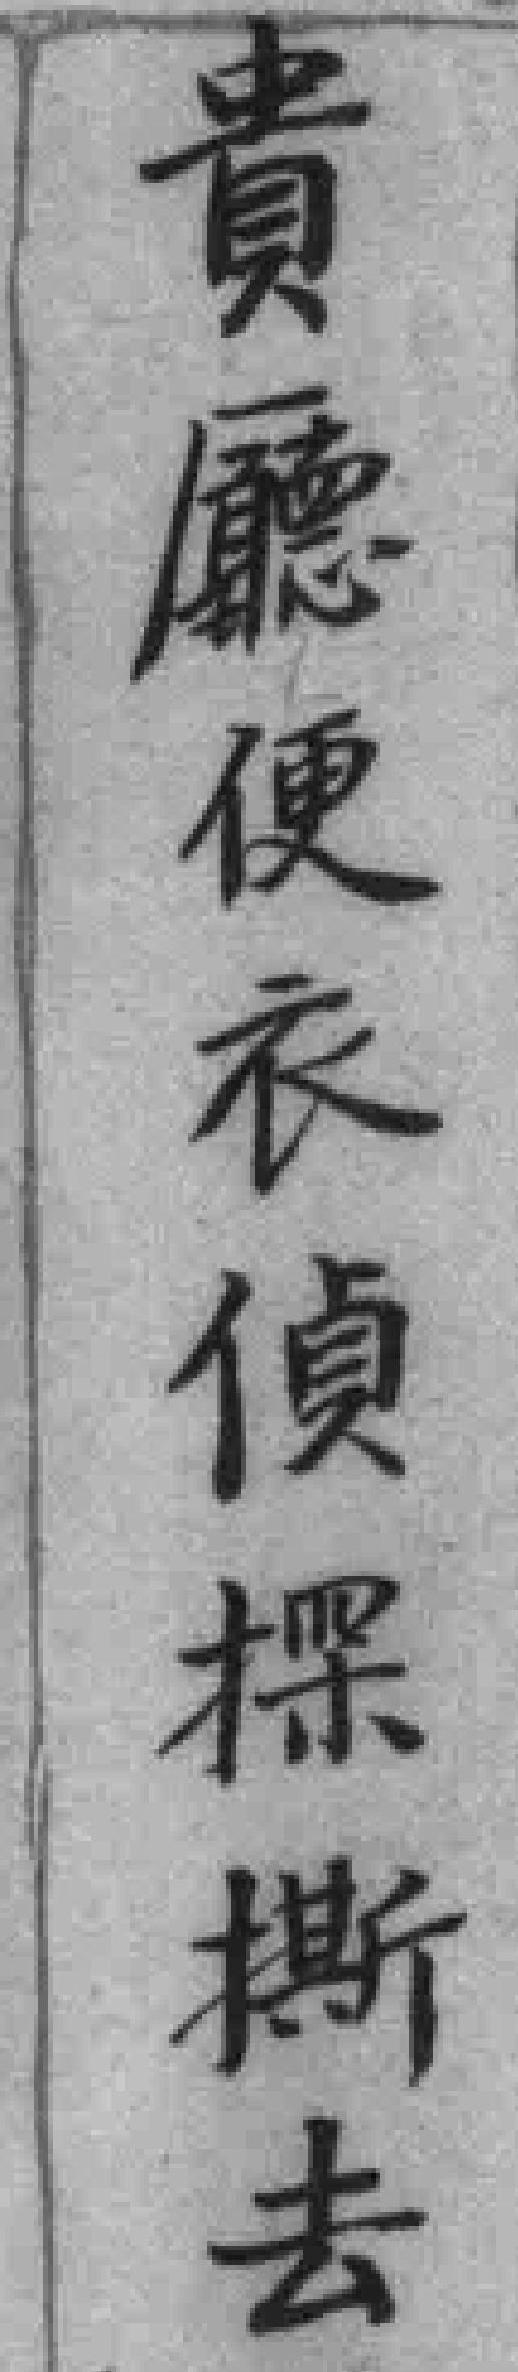
貴愿便衣偵棵撕去